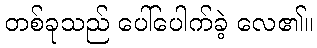
တစ်ခုသည် ပေါ်ပေါက်ခဲ့ လေ၏။